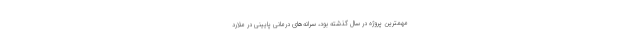
مهمترین پروژه در سال گذشته بود، سرانه‌های درمانی پایینی در ملارد